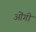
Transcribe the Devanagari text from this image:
ओंगी